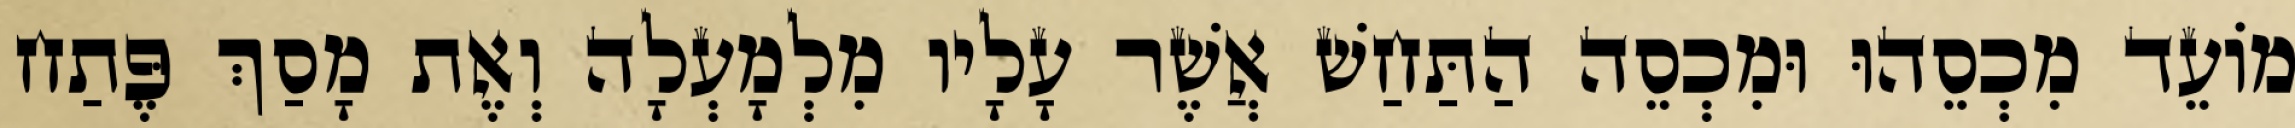
מוֹעֵד מִכְסֵהוּ וּמִכְסֵה הַתַּחַשׁ אֲשֶׁר עָלָיו מִלְמָעְלָה וְאֶת מָסַךְ פֶּתַח